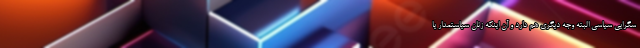
سگرایی سیاسی البته وجه دیگری هم دارد و آن اینکه زنان سیاستمدار یا